Civil Veterinary Department Bihar & Orissa reports 1911-21 - 1911-1921
Year: 1911
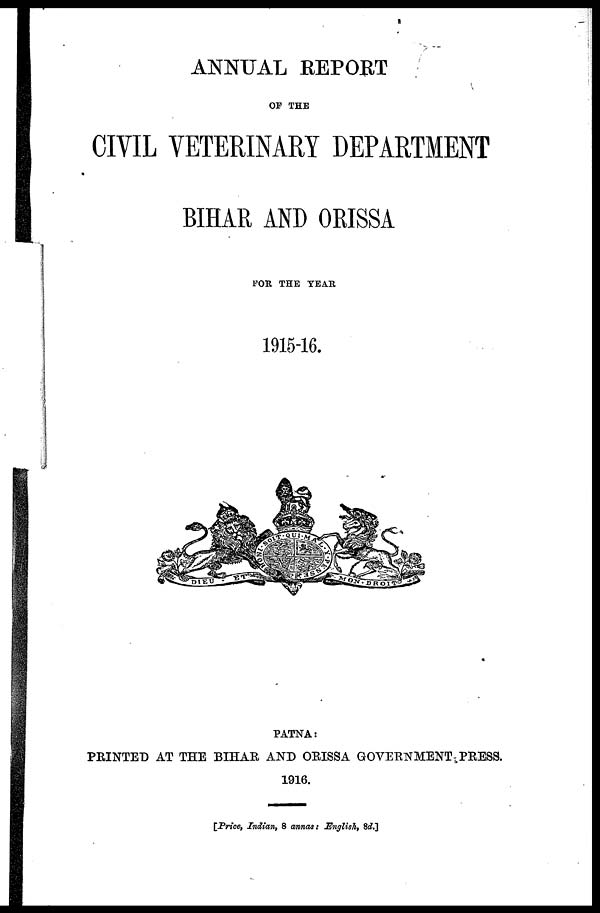
ANNUAL REPORT
OF THE
CIVIL VETERINARY DEPARTMENT
BIHAR AND ORISSA
FOR THE YEAR
1915-16.
PATNA:
PRINTED AT THE BIHAR AND ORISSA GOVERNMENT PRESS.
1916.
[Price, Indian, 8 annas : English, 8d.]